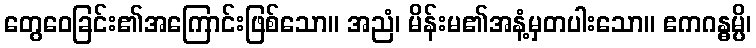
တွေဝေခြင်း၏အကြောင်းဖြစ်သော။ အညံ၊ မိန်းမ၏အနံ့မှတပါးသော။ ဧကဂန္ဓမ္ပိ၊